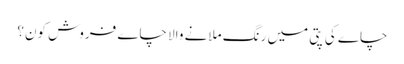
چاے کی پتی میں رنگ ملانے والا چاے فروش کون؟